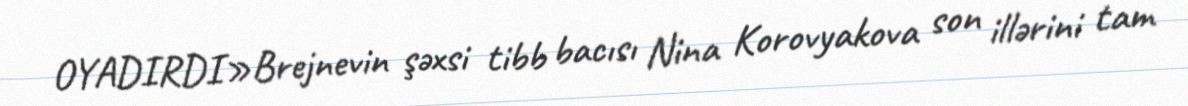
OYADIRDI»Brejnevin şəxsi tibb bacısı Nina Korovyakova son illərini tam